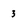
Character: 3